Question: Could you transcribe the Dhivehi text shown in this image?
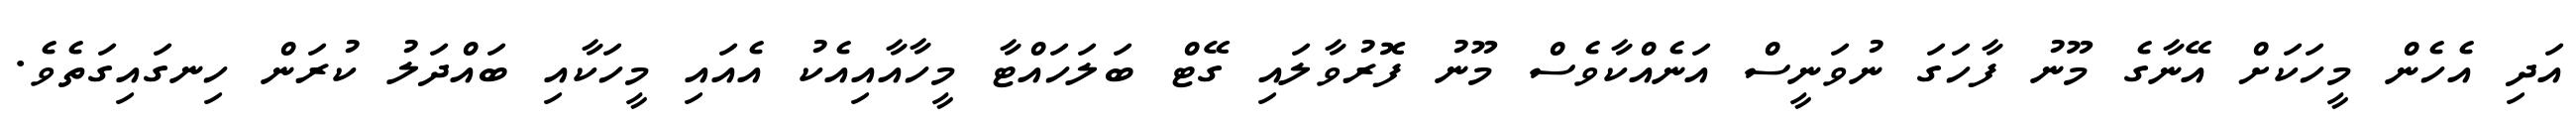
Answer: އަދި އެހެން މީހަކަށް އޭނާގެ މޫނު ފާހަގަ ނުވަނީސް އަނެއްކާވެސް މޫނު ފޮރުވާލައި ގޭޓް ބަލަހައްޓާ މީހާއާއިއެކު އެއައި މީހަކާއި ބައްދަލު ކުރަން ހިނގައިގަތެވެ.